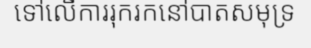
ទៅលើការរុករកនៅបាតសមុទ្រ